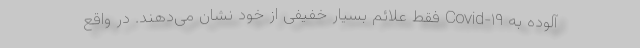
آلوده به Covid-۱۹ فقط علائم بسیار خفیفی از خود نشان می‌دهند. در واقع